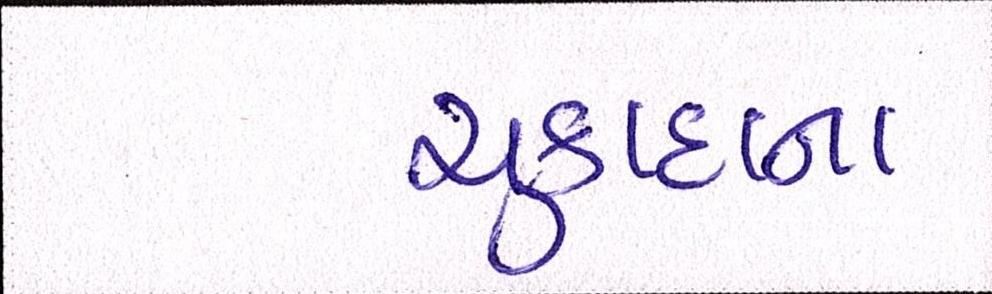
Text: ચુકાદાના